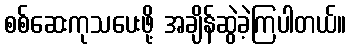
စစ်ဆေးကုသပေးဖို့ အချိန်ဆွဲခဲ့ကြပါတယ်။